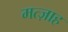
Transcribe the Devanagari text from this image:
मत्ज़ाह